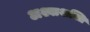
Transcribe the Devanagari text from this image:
अश्वाशक्ति